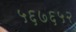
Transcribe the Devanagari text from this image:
५६७६५२